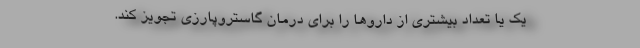
یک یا تعداد بیشتری از داروها را برای درمان گاستروپارزی تجویز کند.